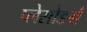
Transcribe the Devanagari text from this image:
प्लेसोडर्म